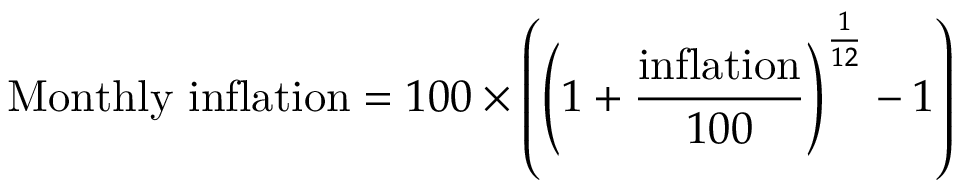
{ \mathrm { M o n t h l y ~ i n f l a t i o n } } = 1 0 0 \times \left( \left( 1 + { \frac { \mathrm { i n f l a t i o n } } { 1 0 0 } } \right) ^ { \frac { 1 } { 1 2 } } - 1 \right)